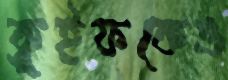
ক্রুইফকেও